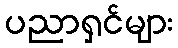
ပညာရှင်များ